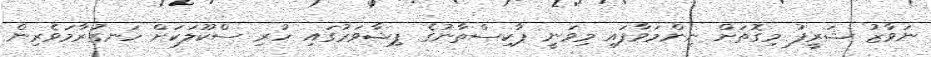
ނަވާޒު ޝަރީފު މިގޮތަށް ނިންމަވާފައި މިވަނީ ޕާކިސްތާނުގެ ޕިޝާވަރުގައި ހުރި ސްކޫލަކަށް ހަނގުރާމަވެރިން